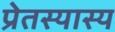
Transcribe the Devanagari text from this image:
प्रेतस्यास्य